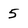
Character: 5